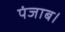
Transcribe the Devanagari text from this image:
पंजाब।